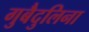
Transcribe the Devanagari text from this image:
गुबैदुलिना